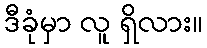
ဒီခုံမှာ လူ ရှိလား။